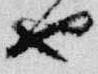
也